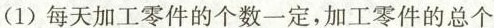
（1）每天加工零件的个数一定，加工零件的总个